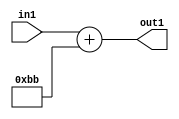
`timescale 1ps / 1ps
/*****************************************************************************
    Verilog RTL Description
    
    
    Created by: Stratus DpOpt 2019.1.01 
*******************************************************************************/

module DC_Filter_Add_12U_10_4 (
	in1,
	out1
	); /* architecture "behavioural" */ 
input [11:0] in1;
output [11:0] out1;
wire [11:0] asc001;

assign asc001 = 
	+(in1)
	+(12'B000010111011);

assign out1 = asc001;
endmodule

/* CADENCE  urnzTw4= : u9/ySgnWtBlWxVPRXgAZ4Og= ** DO NOT EDIT THIS LINE ******/